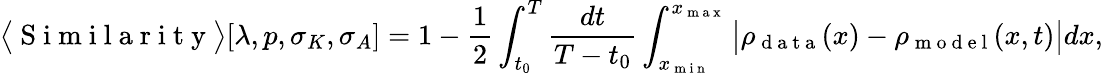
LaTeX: \big\langle\mathrm{~S~i~m~i~l~a~r~i~t~y~}\big\rangle[\lambda,p,\sigma_{K},\sigma_{A}]=1-\frac{1}{2}\int_{t_{0}}^{T}\frac{dt}{T-t_{0}}\int_{x_{\mathrm{~m~i~n~}}}^{x_{\mathrm{~m~a~x~}}}\big\vert\rho_{\mathrm{~d~a~t~a~}}(x)-\rho_{\mathrm{~m~o~d~e~l~}}(x,t)\big\vert dx,